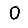
Digit: 0